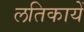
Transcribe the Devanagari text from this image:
लतिकायें